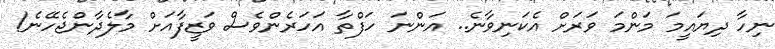
ނިހާ ދިޔައީމަ މަންމަ ވަރަށް އެކަނިވާނެ.. އަންނަ ހަފްތާ އަހަރެންވެސް ވަޒީފާއަށް މާލެދާންޖެހޭނެ!